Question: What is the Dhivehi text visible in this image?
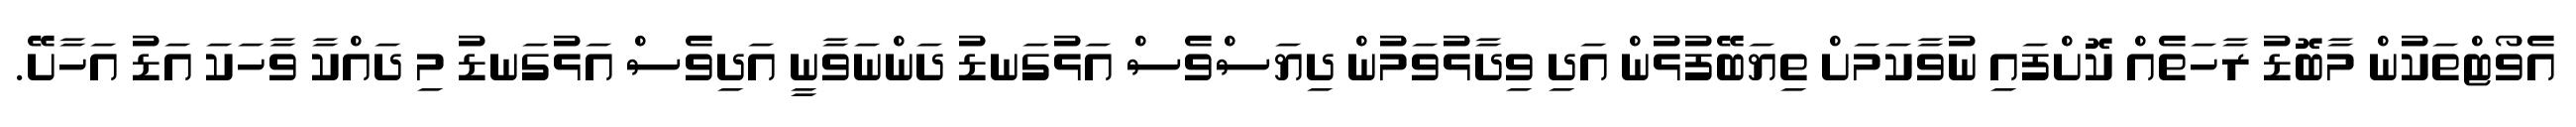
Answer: އެވޯޓްތަކުން މާބޮޑު ރާހަތެއް ކޮށްފައި ނުވާކަމަށް ތިޔަބޭފުޅުން އަދި ވިދާޅުވަމުން ދިޔަސްވެސް އަޅުގަނޑު ދަންނަވާނީ އަދިވެސް އަޅުގަނޑު މި ދައްކާ ވާހަކަ އަޑު އަހާށޭ.